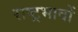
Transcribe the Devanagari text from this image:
राष्ट्रभावों